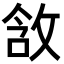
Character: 𫾵